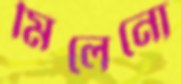
মিলেনো